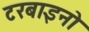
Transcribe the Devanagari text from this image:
टरबाइनो